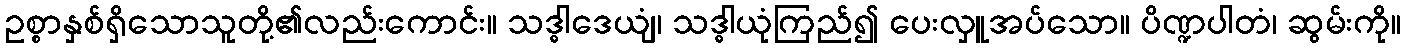
ဥစ္စာနှစ်ရှိသောသူတို့၏လည်းကောင်း။ သဒ္ဓါဒေယျံ၊ သဒ္ဓါယုံကြည်၍ ပေးလှူအပ်သော။ ပိဏ္ဍပါတံ၊ ဆွမ်းကို။